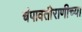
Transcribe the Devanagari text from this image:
चंपावतीराणीच्या